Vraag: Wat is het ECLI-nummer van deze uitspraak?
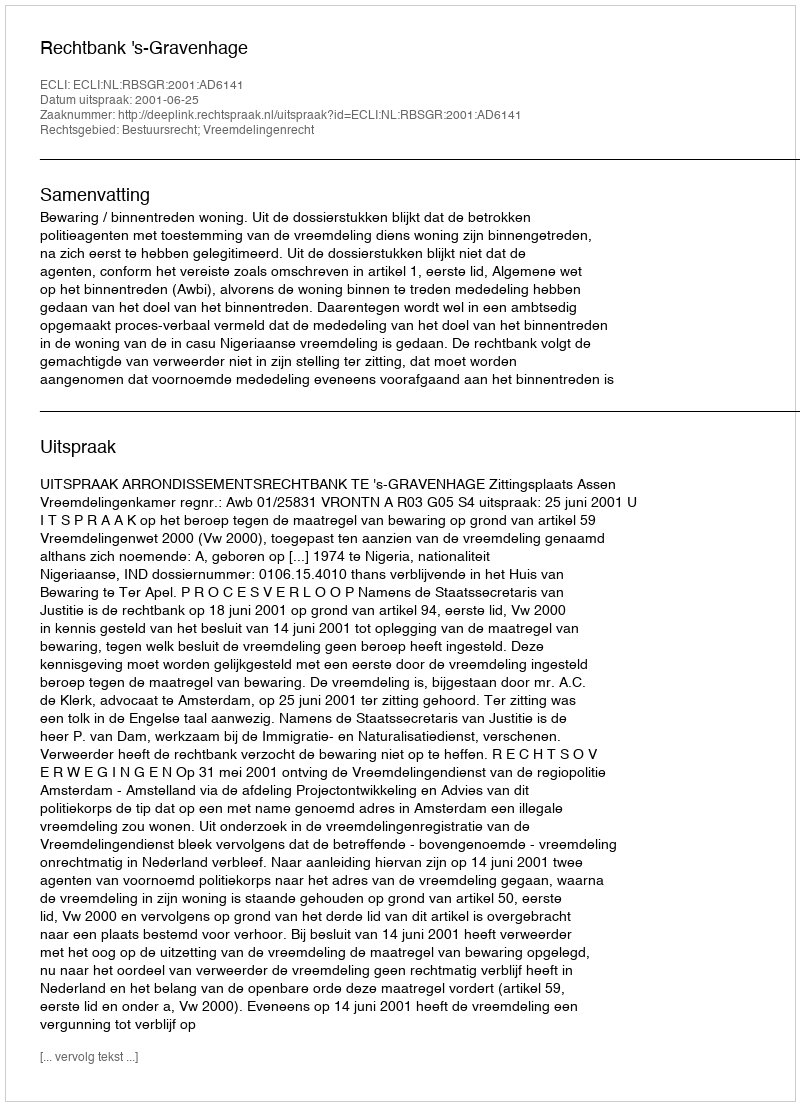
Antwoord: ECLI:NL:RBSGR:2001:AD6141